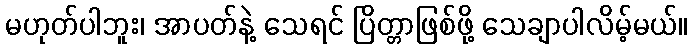
မဟုတ်ပါဘူး၊ အာပတ်နဲ့ သေရင် ပြိတ္တာဖြစ်ဖို့ သေချာပါလိမ့်မယ်။